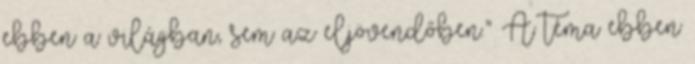
ebben a világban, sem az eljövendőben.” A téma ebben